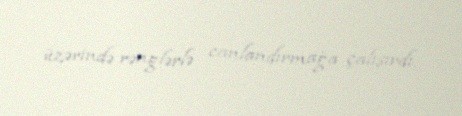
üzərində rənglərlə canlandırmağa çalışırdı.